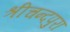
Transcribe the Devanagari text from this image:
श्रीचन्दपुरा